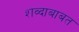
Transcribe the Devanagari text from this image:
शव्दाबाबत